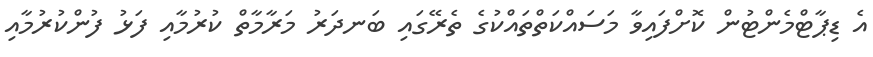
އެ ޑިޕާޓްމެންޓުން ކޮށްފައިވާ މަސައްކަތްތައްކުގެ ތެރޭގައި ބަނދަރު މަރާމާތް ކުރުމާއި ފަޅު ފުންކުރުމާއި